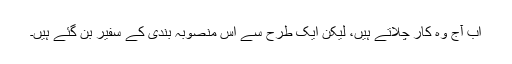
اب آج وہ کار چلاتے ہیں، لیکن ایک طرح سے اس منصوبہ بندی کے سفیر بن گئے ہیں۔